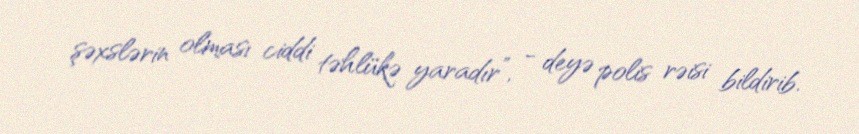
şəxslərin olması ciddi təhlükə yaradır”, - deyə polis rəisi bildirib.